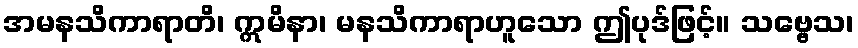
အမနသိကာရာတိ၊ ဣမိနာ၊ မနသိကာရာဟူသော ဤပုဒ်ဖြင့်။ သဗ္ဗေသ၊